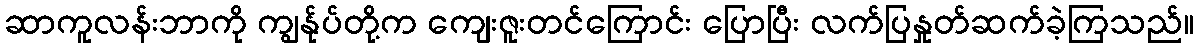
ဆာကူလန်းဘာကို ကျွန်ုပ်တို့က ကျေးဇူးတင်ကြောင်း ပြောပြီး လက်ပြနှုတ်ဆက်ခဲ့ကြသည်။